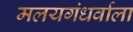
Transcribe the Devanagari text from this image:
मलयगंधर्वाला